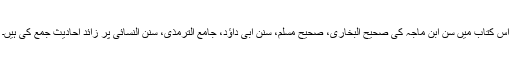
اس کتاب میں سن ابن ماجہ کی صحیح البخاری، صحیح مسلم، سنن ابی داؤد، جامع الترمذی، سنن النسائی پر زائد احادیث جمع کی ہیں۔